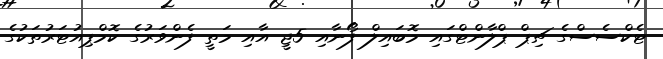
ޓެކްސެސްގެ ޗިޕް ޕްލާންޓްގައި މޮބައިލް ފޯނާއި 5ޖީ އާއި މަތީ ފެންވަރުގެ ކޮމްޕިއުޓަރުތަކުގެ